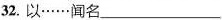
32.以……闻名___